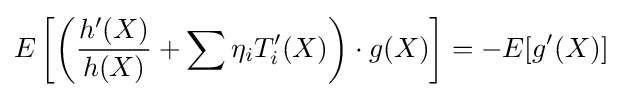
E\left[\left({\frac {h'(X)}{h(X)}}+\sum \eta _{i}T_{i}'(X)\right)\cdot g(X)\right]=-E[g'(X)]